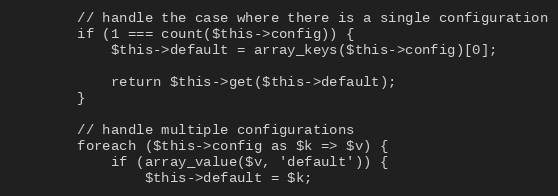
Language: PHP
        // handle the case where there is a single configuration
        if (1 === count($this->config)) {
            $this->default = array_keys($this->config)[0];

            return $this->get($this->default);
        }

        // handle multiple configurations
        foreach ($this->config as $k => $v) {
            if (array_value($v, 'default')) {
                $this->default = $k;